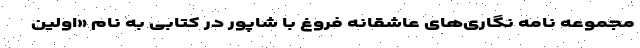
مجموعه نامه نگاری‌های عاشقانه فروغ با شاپور در کتابی به نام «اولین